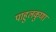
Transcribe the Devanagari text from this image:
पाहुलकुणा